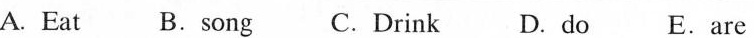
A. Eat B.Song C.Drink D.do E.are